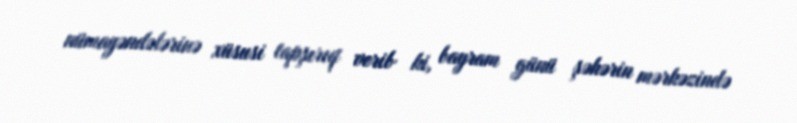
nümayəndələrinə xüsusi tapşırıq verib ki, bayram günü şəhərin mərkəzində